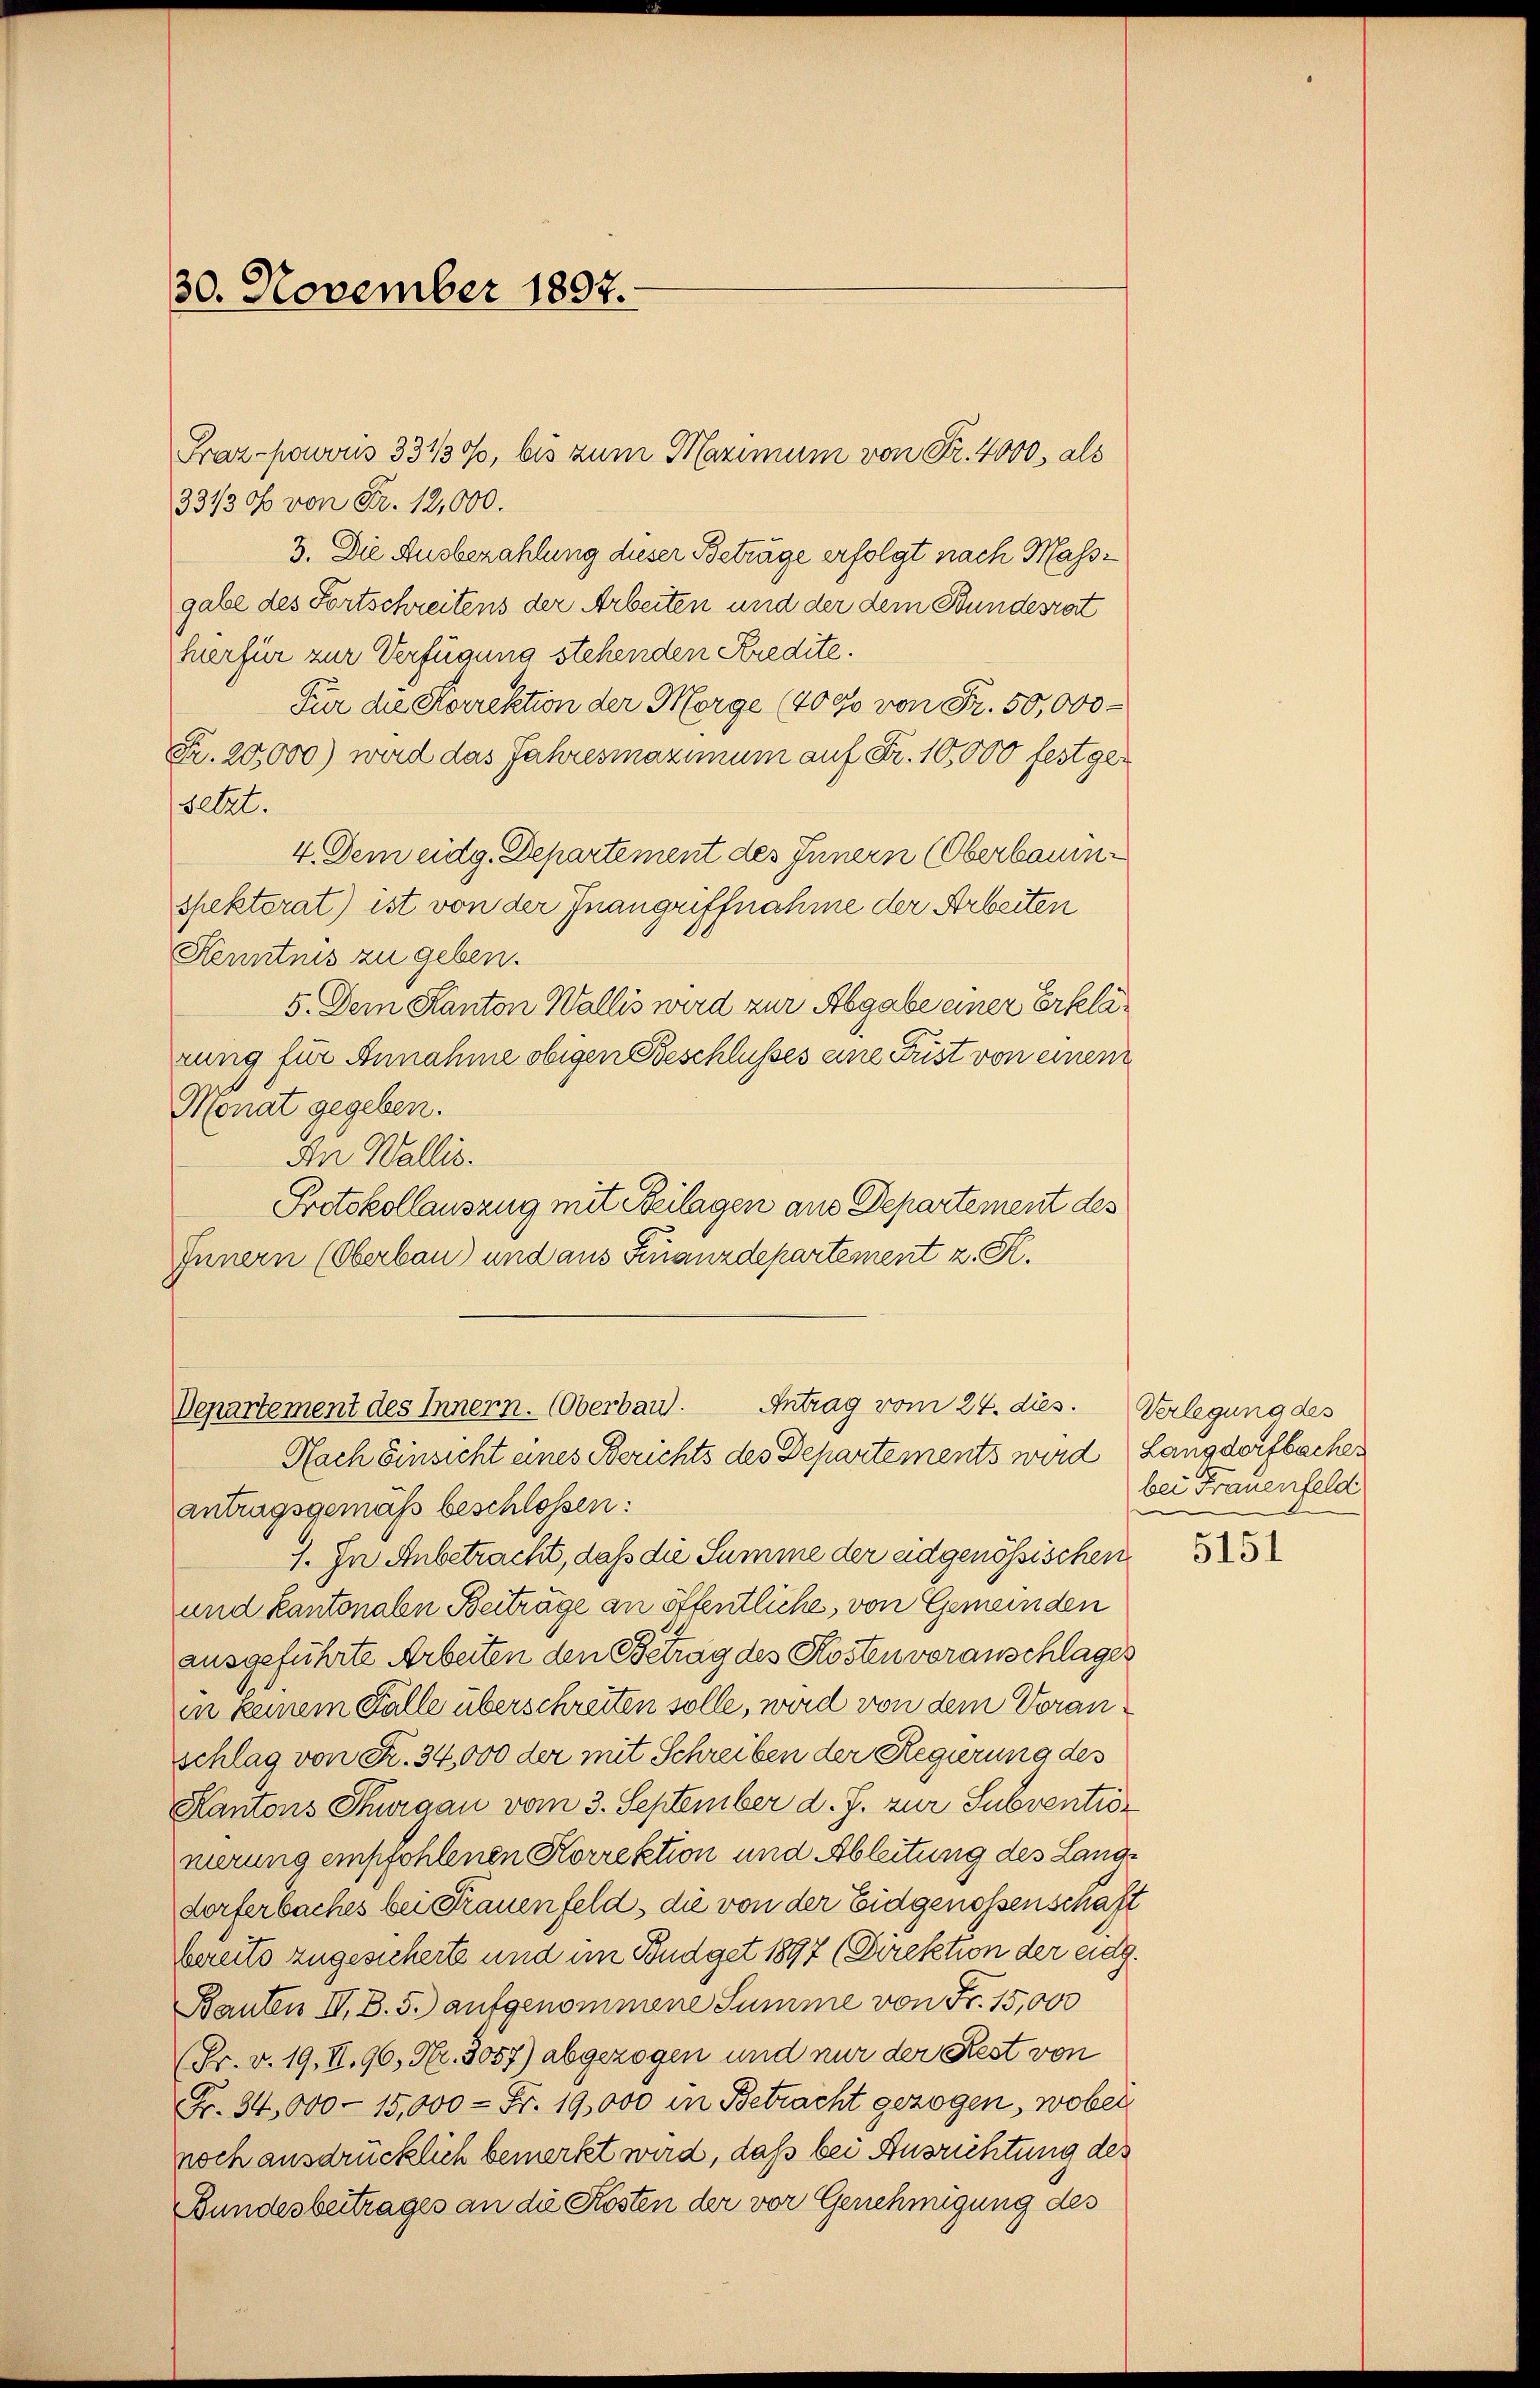
30. November 1897.

331/30f von Fr. 12,000.
3. Die Ausbezahlung dieser Beträge erfolgt nach Massgabe des Fortschreitens der Arbeiten und der dem Bundesrat
herfür zur Verfügung stehenden Kredite.
Für die Sorrektion der Morge (4000 von Fr. 50,000
Fr. 20,000) wird das Jahresmaximum auf Fr. 10,000 festger
setzt.
4. Dem eidg. Departement des Innern (Oberbauinspektorat) ist von der Inangriffnahme der Arbeiten
Kenntnis zu geben.
5. Dem Kanton Wallis wird zur Abgabe einer Erklärung für Annahme obigen Beschlusses eine Fust von einem
Monat gegeben.
An Wallis.
Protokollauszug mit Beilagen aus Departement des
Innern (Oberbau) und aus Finanzdepartement z. R.

Frazpowvris 331/30/, bis zum Maximum von Fr. 4000, als

Antrag vom 24. dies. Verlegung des
Departement des Innern. (Oberbau.
Nach Einsicht eines Berichts des Departements wird Langdorfbaches

antragsgemäß beschlossen:
7. In Anbetracht, daß die Summe der adgenössischen
und kantonale Beiträge an öffentliche, von Gemeinden
ausgeführte Arbeiten den Betrag des Kosten voranschlages
in keinem Falle überschreiten solle, wird von dem Voranschlag von Fr. 34,000 der mit Schreiben der Regierung des
Kantons Thurgau vom 3. September d. J. zur Subventionerung empfohlenen Korrektion und Ableitung des Langdorferbaches bei Frauenfeld, die von der Eidgenossenschaft
bereits zugesicherte und im Budget 1897 (Direktion der eidg.
Bauten II. B. 5. aufgenommene Summe von Fr. 15,000
(Fr. v. 19. II. 96, Nr. 3057) abgezogen und nur der Rest von
Fr. 34,000 - 15,000 - Fr. 19,000 in Betracht gezogen, wobei
noch ausdrücklich bemerkt wird, daß bei Ausrichtung des
Bundesbeitrages an die Kosten der vor Genehmigung des

bei Frauenfeld

5151